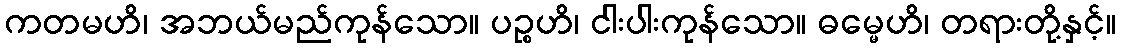
ကတမဟိ၊ အဘယ်မည်ကုန်သော။ ပဉ္စဟိ၊ ငါးပါးကုန်သော။ ဓမ္မေဟိ၊ တရားတို့နှင့်။